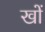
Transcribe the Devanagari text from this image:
खों